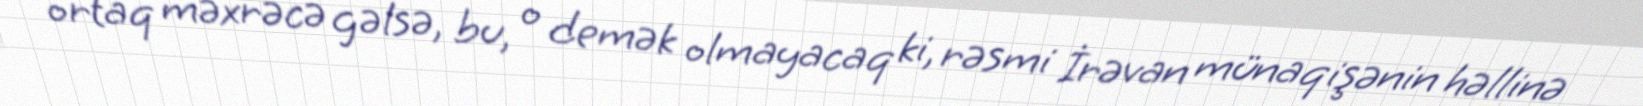
ortaq məxrəcə gəlsə, bu, o demək olmayacaq ki, rəsmi İrəvan münaqişənin həllinə